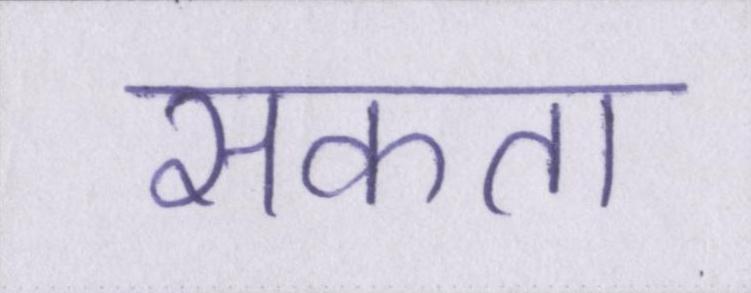
सकता